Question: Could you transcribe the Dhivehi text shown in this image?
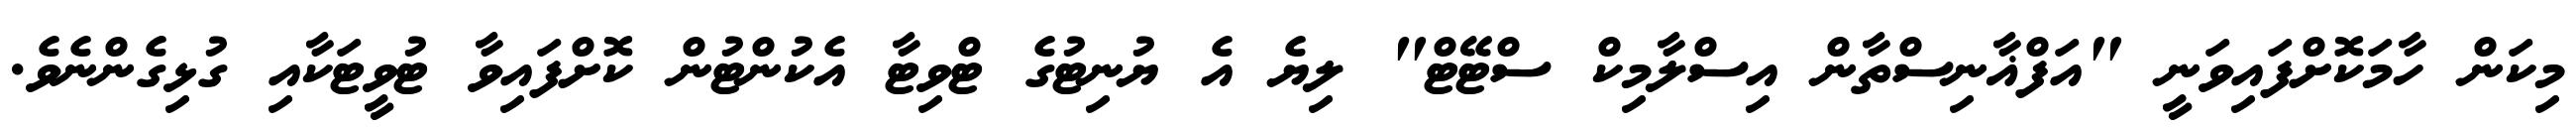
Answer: މިކަން ހާމަކޮށްފައިވަނީ "އަފްޣާނިސްތާން އިސްލާމިކް ސްޓޭޓް" ލިޔެ އެ ޔުނިޓުގެ ޓްވިޓާ އެކުންޓުން ކޮށްފައިވާ ޓުވީޓަކާއި ގުޅިގެންނެވެ.